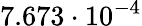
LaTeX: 7.673\cdot 10^{-4}